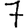
Digit: 7